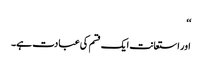
‘‘
اور استعانت ایک قسم کی عبادت ہے۔